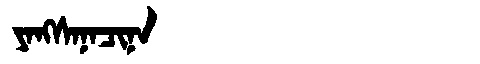
Manchu: ᠶᠠᠩᠰᠠᠨᠠᠴᡳᠨᠠ
Romanization: YANGSANACINA